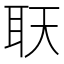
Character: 𦔿